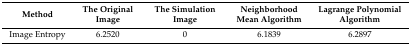
<table><thead><tr><td><b>Method</b></td><td><b>The Original Image</b></td><td><b>The Simulation Image</b></td><td><b>Neighborhood Mean Algorithm</b></td><td><b>Lagrange Polynomial Algorithm</b></td></tr></thead><tbody><tr><td>Image Entropy</td><td>6.2520</td><td>0</td><td>6.1839</td><td>6.2897</td></tr></tbody></table>